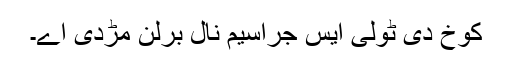
کوخ دی ٹولی ایس جراسیم نال برلن مڑدی اے۔